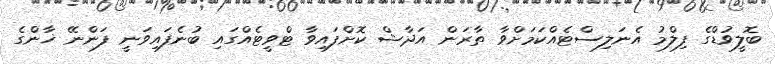
ބޮލީވުޑްގެ ފިލްމު އެނަލިސްޓެއްކަމަށްވާ ތާރަން އަދާޝް ކޮށްފައިވާ ޓްވީޓެއްގައި ބުނެފައިވަނީ ފަންނޭ ޚާންގެ